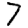
Digit: 7